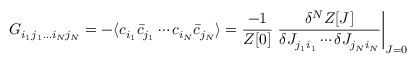
G _ { i _ { 1 } j _ { 1 } \ldots i _ { N } j _ { N } } = - \langle c _ { i _ { 1 } } { \bar { c } } _ { j _ { 1 } } \cdots c _ { i _ { N } } { \bar { c } } _ { j _ { N } } \rangle = { \frac { - 1 } { Z [ 0 ] } } \left. { \frac { \delta ^ { N } Z [ J ] } { \delta J _ { j _ { 1 } i _ { 1 } } \cdots \delta J _ { j _ { N } i _ { N } } } } \right| _ { J = 0 }